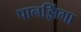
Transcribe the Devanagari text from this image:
पानझिंगा